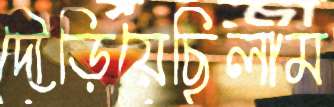
দৌড়িয়েছিলাম